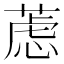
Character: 𰱮